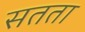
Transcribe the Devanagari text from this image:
सतता